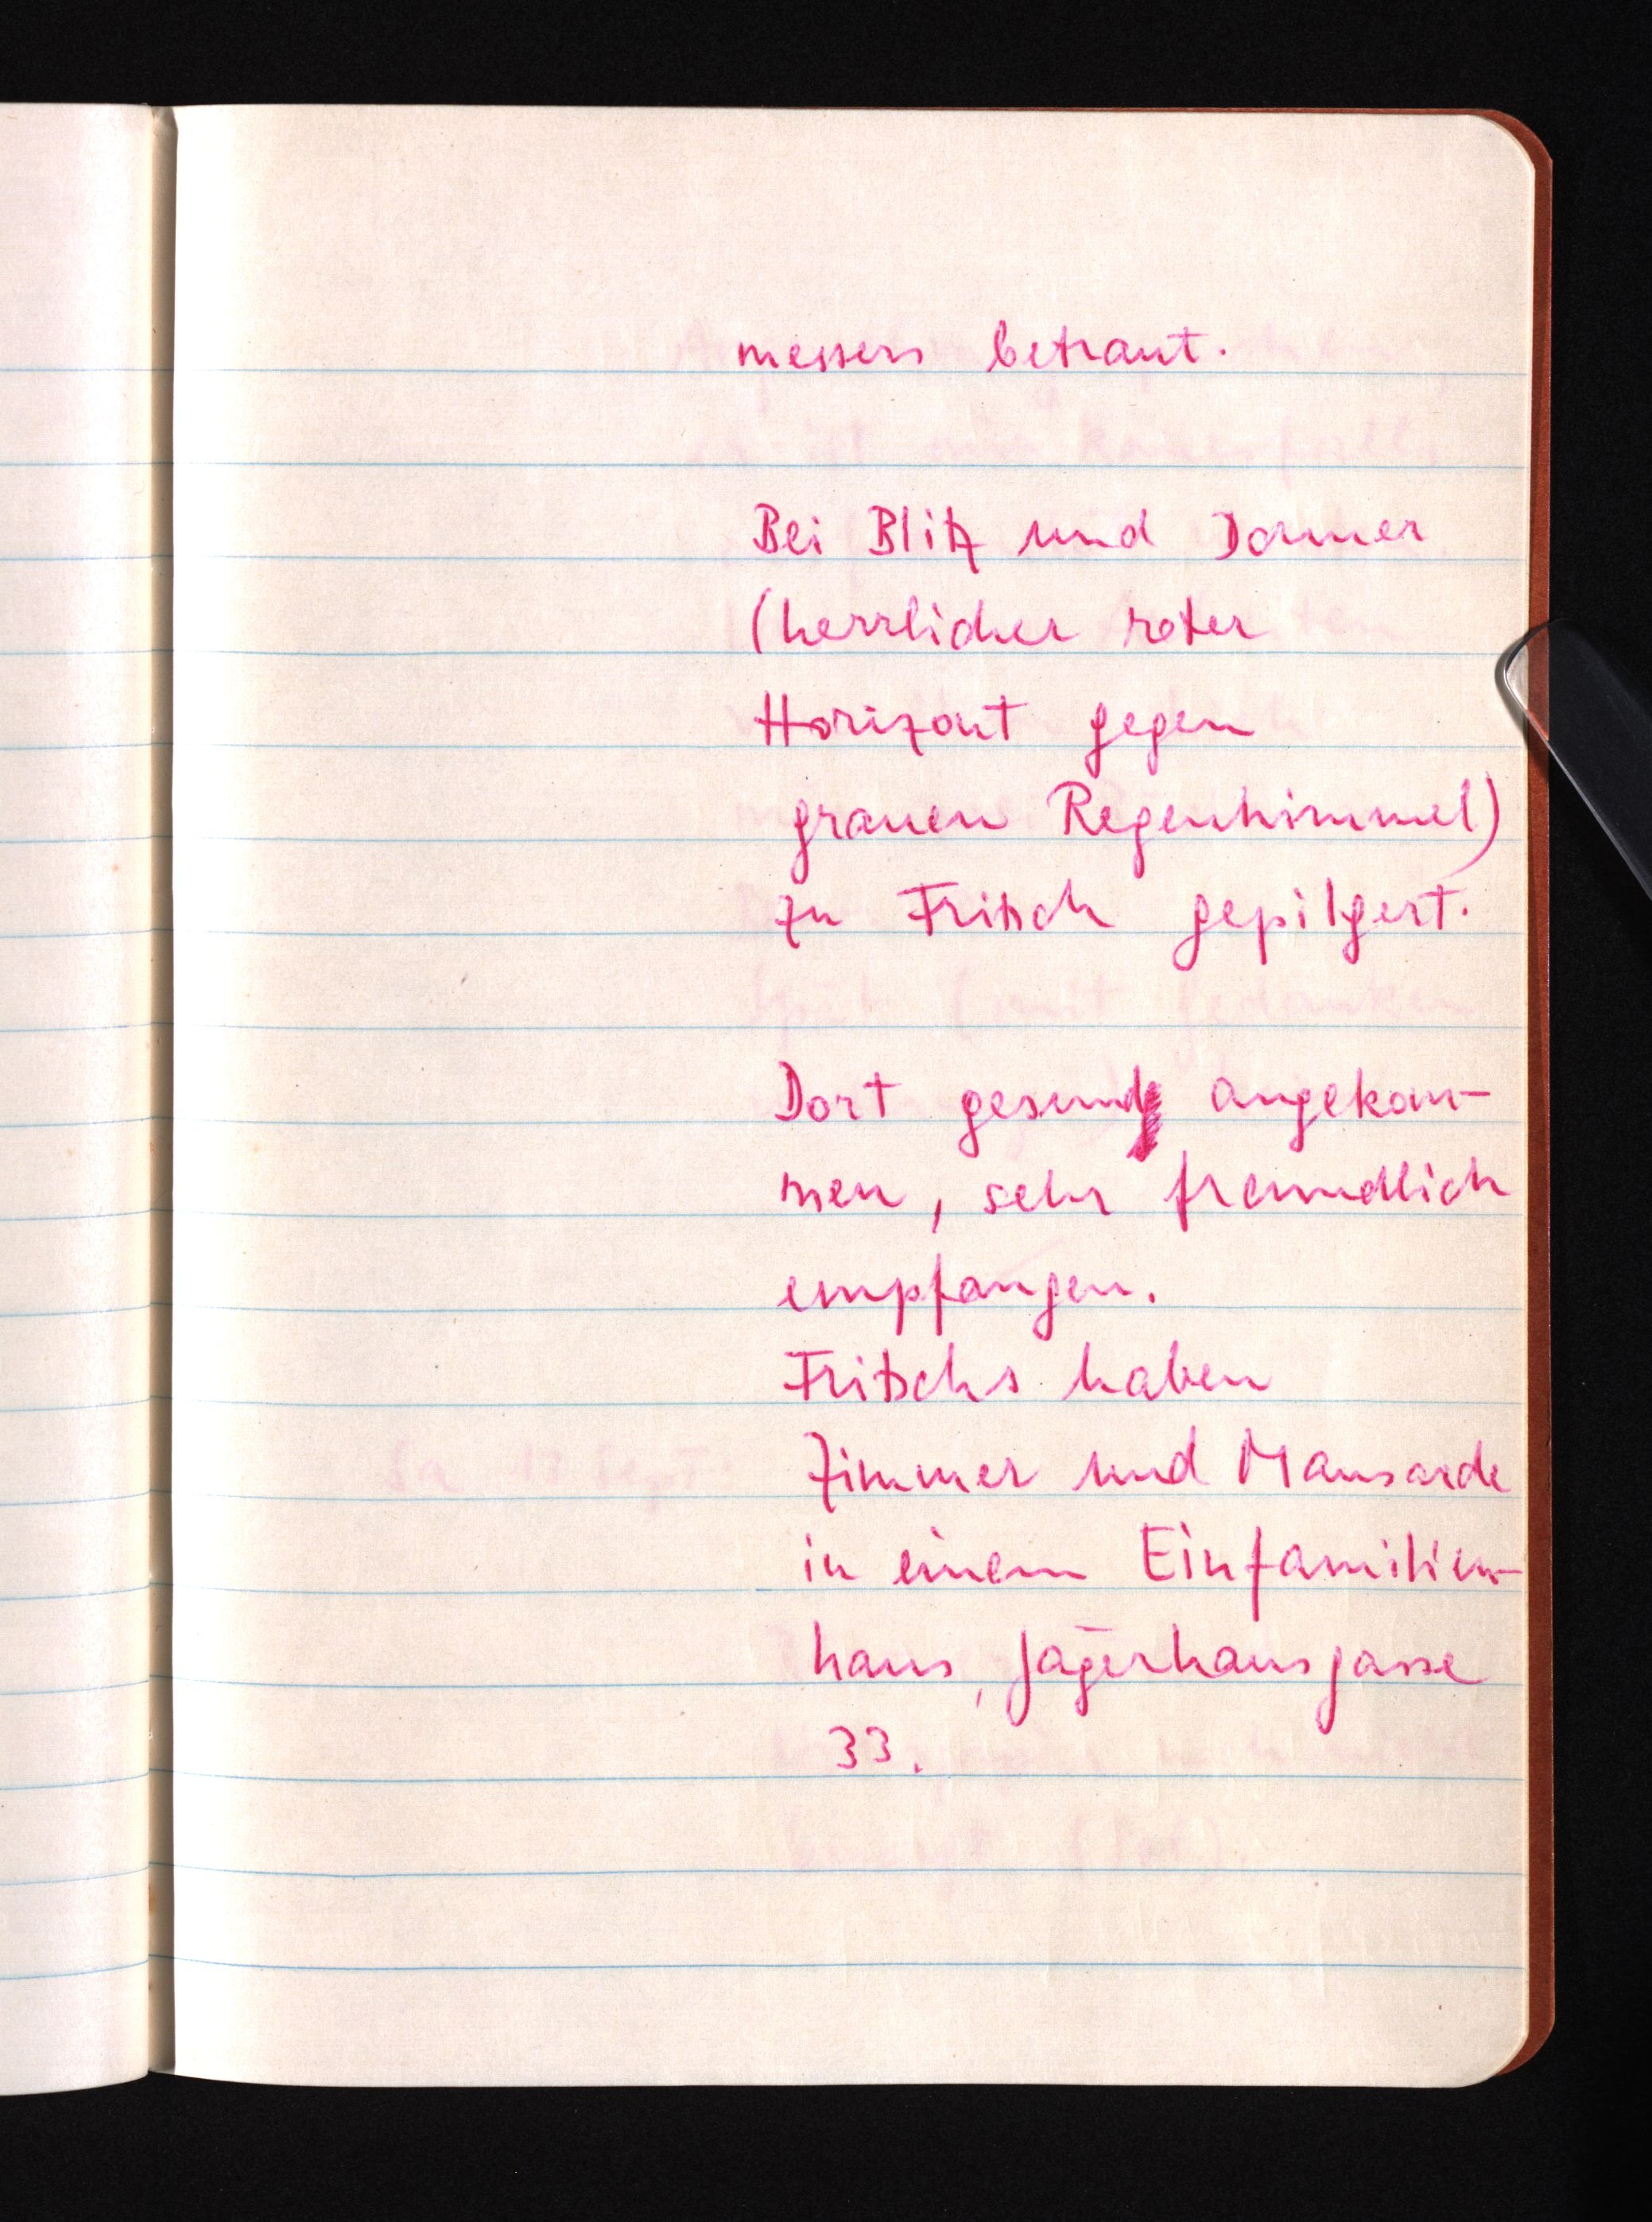
messers betraut.
Bei Blitz und Donner
(herrlicher roter
Horizont gegen
grauen Regenhimmel)
zu Fritsch gepilgert.
Dort gesund angekom¬
men, sehr freundlich
empfangen.
Fritschs haben
Zimmer und Mansarde
in einem Einfamilien¬
haus, Jägerhausgasse
33.